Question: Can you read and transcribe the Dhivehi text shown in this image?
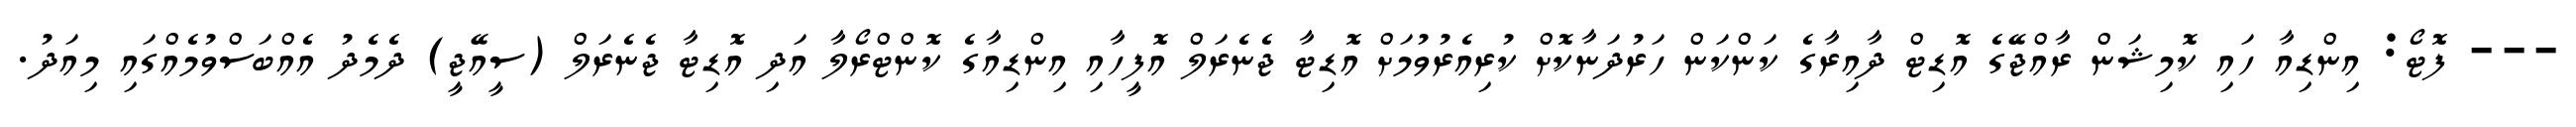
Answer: --- ފޮޓޯ: އިންޑިއާ ހައި ކޮމިޝަން ރާއްޖޭގެ އޮޑިޓް ދާއިރާގެ ކަންކަން ހަރުދަނާކޮށް ކުރިއެރުވުމަށް އޮޑިޓާ ޖެނެރަލް އޮފީހާއި އިންޑިއާގެ ކޮންޓްރޯލާ އަދި އޮޑިޓާ ޖެނެރަލް (ސީއޭޖީ) ދެމެދު އެއްބަސްވުމެއްގައި މިއަދު.